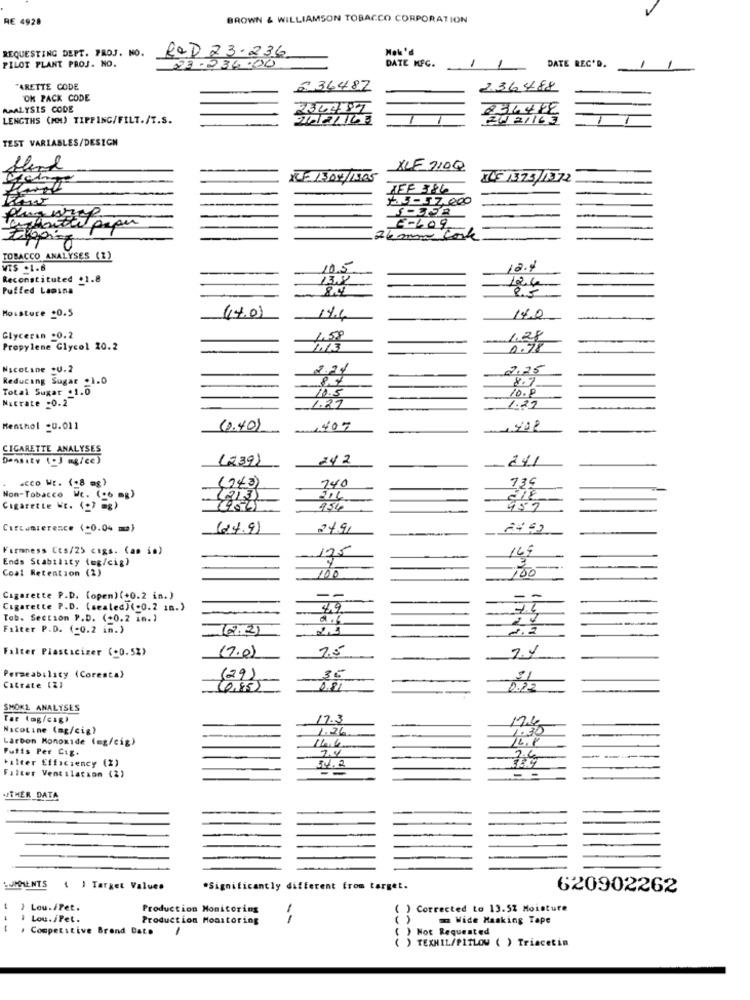
RE 4928
BROWN & WILLIAMSON TOBACCO CORPORATION
REQUESTING DEPT. PROJ. NO.
Nok'd
R&D 23-236
DATE MFC.
1
PILOT PLANT PROJ. NO.
23.236:00
DATE REC'D.
ARETTE CODE
236487
236488
OK PACK CODE
ARALYSIS CODE
234482
LENGTHS (MM) TIPPING/FILT./T.S.
24 21163
TEST VARIABLES/DESIGN
bland
XLF 210Q
45 1375/1372
1.3-57.000
white paper
E-609
TOBACCO ANALYSES (1)
VTS .1.8
10.5
12.4
Reconstituted +1.8
13.8
12.6
Puffed Lamina
84
8.5
Moisture .0.5
14.0)
14.6
14.0
Glycerin .0.2
1.58
1.28
Propylene Glycol 10.2
1.13
0.78
Nicotine .U.2
2.24
2.25
Reducing Sugar .1.0
8.7
Total Sugar +1.0
10.5
10.8
Natrate -0.2
1.27
1.27
Menthol -0.011
(0.40)
1407
CIGARETTE ANALYSES
Density (J mg/ce)
(239)
24 2
241
(243)
140
739
acco WE. (-8 mg)
Non-Tobacco We. (06 mg)
(213)
Cigarette WE. (+7 =g)
(954)
957
Circamierence (+0.04 ma)
(24.9)
27.91
Firmness Cts/25 cigs. (ap is)
175
Ends Stability (ug/cig)
Coal Retention (2)
100
Cigarette P.D. (open) (+0.2 in. )
--
-
-
Cigarette P.D. (sealed)(-0.2 18.)
49
Tob. Section P.D. (+0.2 in.)
21
Filter P.D. (-0.2 in.)
2.21
2.2
Filter Plasticizer (+0.5%}
(7.0)
7.5
Permeability (Coresta)
(29)
35
Citrate (Z)
(6,85)
0.22
SMOKL ANALYSES
Tar (og/cığı
17.3
17.4
Nicoline (mg/cig)
1.26
1.30
Larbon Monoxide (mg/cig)
114.6
16.8
Puffs Per Cig.
halter Efficiency (2)
2.4
26
Filter Ventilation (2)
34.2
--
.THER DATA
JHMENTS
( ) Target Values
*Significantly different from target.
620902262
t ) Lou./Pet.
Production Monitoring
() Corrected to 13.5% Moisture
1
I Lou./Pet.
Production Monitoring
( )
m Wide Masking Tape
( . Competitive Brand Dato
( ) Not Requested
() TEXNIL/PITLOW ( ) Triacetin